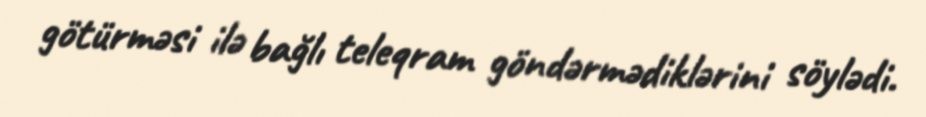
götürməsi ilə bağlı teleqram göndərmədiklərini söylədi.